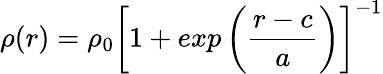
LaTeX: \rho(r)=\rho_{0}\left[1+exp\left(\frac{r-c}{a}\right)\right]^{-1}